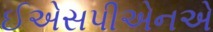
ઈએસપીએનએ